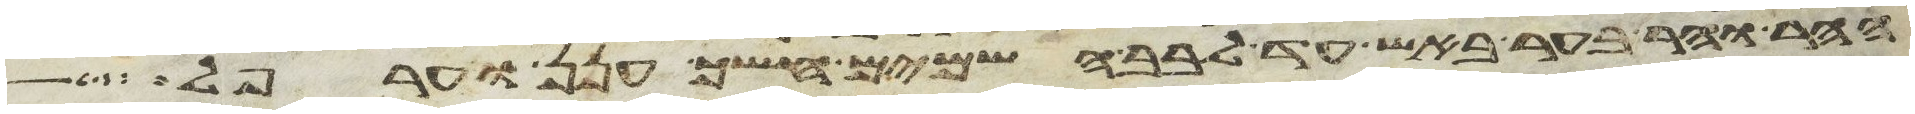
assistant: ההר וההר בער באש עד לבב השמים חשך ענן וערפל